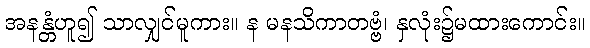
အနန္တံဟူ၍ သာလျှင်မူကား။ န မနသိကာတဗ္ဗံ၊ နှလုံး၌မထားကောင်း။